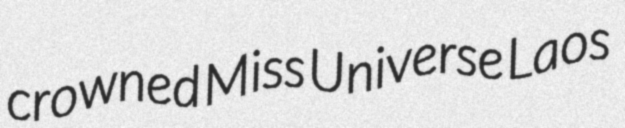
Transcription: crowned Miss Universe Laos